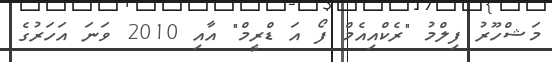
މަޝްހޫރު ފިލްމު "ރެކްއިއެމް ފޯ އަ ޑްރީމް" އާއި 2010 ވަނަ އަހަރުގެ